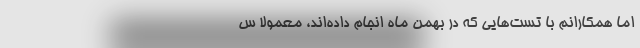
اما همکارانم با تست‌هایی که در بهمن ماه انجام داده‌اند، معمولاً س